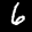
Label: 6